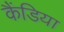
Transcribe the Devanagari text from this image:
कैंडिया